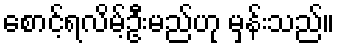
စောင့်ရလိမ့်ဦးမည်ဟု မှန်းသည်။